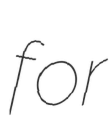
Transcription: for